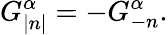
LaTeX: G_{\left|n\right|}^{\alpha}=-G_{-n}^{\alpha}.